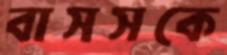
বাসসকে